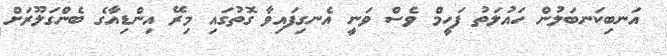
އަނބިކަނބަލުން ހައުލަތު ފަހީމް ވެސް ވަނީ އެނގިފައިވާ ގޮތުގައި މިރޭ އިންޑިއާގެ ބެންގަލޫރަށް